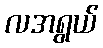
လအရွယ်